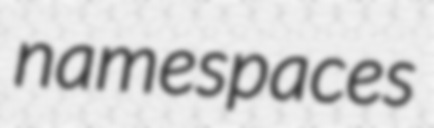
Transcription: namespaces